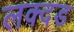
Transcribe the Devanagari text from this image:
लक्दड